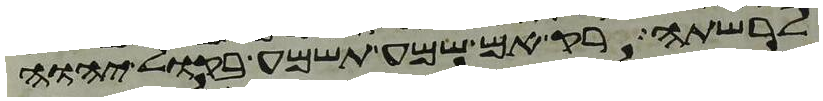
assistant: לרשתה רק אם שמע תשמע בקול יהוה